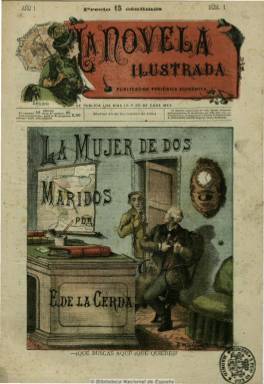
Título: La Novela ilustrada
Colección: Literatura
Ámbito geográfico: Madrid
Lugar de publicación: Madrid
Fechas: 15/12/1884-20/08/1886

Con el subtítulo “publicación periódica económica” y al precio de 15 céntimos cada entrega, colección literaria de novelas cortas españolas originales, que empiezan a ser editadas a partir del 15 de diciembre de 1884, al principio dos veces al mes y posteriormente, tres veces, en las que se incluyen dentro de texto “láminas al cromo”, en su mayor parte de color. La colección de la Biblioteca Nacional de España consta de 60 números, hasta la entrega del 20 de agosto de 1886.

Uno de los principales autores de esta colección es Emilio de la Cerda, con títulos como La mujer de dos maridos. Otros son Carlos Álvarez Malgorry, Joaquín Ardila, Antonio de San Martín, Lorenzo Gil y Gonzalo Jover.

La segunda época de este título, a partir e octubre de 1905, fue dirigida por el escritor valenciano Vicente Blasco Ibáñez, que publicó autores europeos consagrados, como Maupassant, Hugo, Dumas, Doyle, Dickens, Goncourts, Dostoievsky o Turgeniev, durante el periodo de mayor auge de este tipo de colecciones de narrativa y novelística corta dirigidas al gran público .